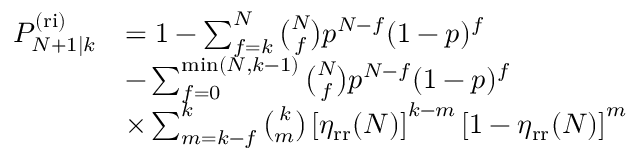
\begin{array} { r l } { P _ { N + 1 | k } ^ { \mathrm { ( r i ) } } } & { = 1 - \sum _ { f = k } ^ { N } \binom { N } { f } p ^ { N - f } ( 1 - p ) ^ { f } } \\ & { - \sum _ { f = 0 } ^ { \operatorname* { m i n } ( N , k - 1 ) } \binom { N } { f } p ^ { N - f } ( 1 - p ) ^ { f } } \\ & { \times \sum _ { m = k - f } ^ { k } \binom { k } { m } \left[ \eta _ { \mathrm { r r } } ( N ) \right] ^ { k - m } \left[ 1 - \eta _ { \mathrm { r r } } ( N ) \right] ^ { m } } \end{array}